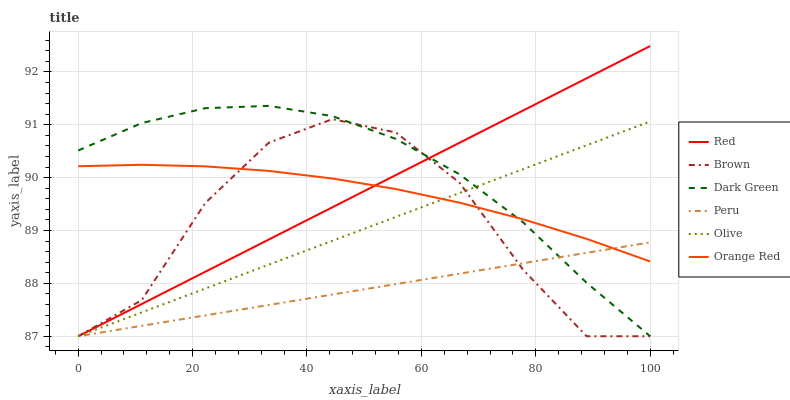
| xaxis_label | Red | Brown | Dark Green | Peru | Olive | Orange Red |
 | --- | --- | --- | --- | --- | --- | --- |
 | 0 | 87 | 87 | 90.5 | 87 | 87 | 90.2 |
 | 11.1 | 87.6 | 87.7 | 91 | 87.2 | 87.5 | 90.2 |
 | 22.2 | 88.2 | 89.5 | 91.3 | 87.4 | 87.9 | 90.2 |
 | 33.3 | 88.8 | 90.7 | 91.4 | 87.6 | 88.4 | 90.1 |
 | 44.4 | 89.4 | 91.1 | 91.2 | 87.8 | 88.8 | 90 |
 | 55.6 | 90 | 90.9 | 90.7 | 88 | 89.3 | 89.8 |
 | 66.7 | 90.7 | 89.9 | 90.1 | 88.2 | 89.7 | 89.5 |
 | 77.8 | 91.3 | 88.3 | 89.2 | 88.4 | 90.2 | 89.2 |
 | 88.9 | 91.9 | 87 | 88 | 88.6 | 90.6 | 88.8 |
 | 100 | 92.5 | 87 | 87 | 88.8 | 91.1 | 88.4 |